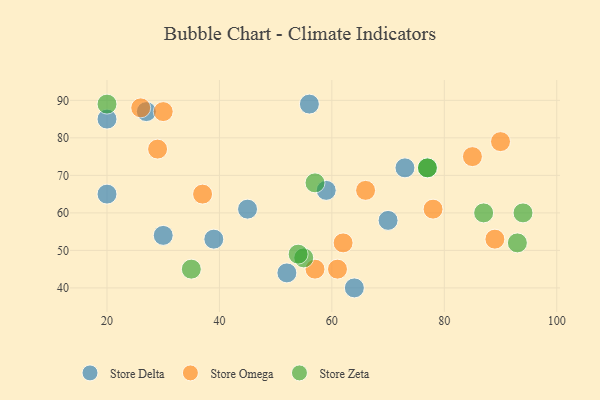
{"axis": {"x": "GDP", "y": "Life Expectancy"}, "legend": ["Store Delta", "Store Omega", "Store Zeta"], "data": [{"x": "59", "y": 66, "type": "Store Delta"}, {"x": "30", "y": 54, "type": "Store Delta"}, {"x": "73", "y": 72, "type": "Store Delta"}, {"x": "39", "y": 53, "type": "Store Delta"}, {"x": "56", "y": 89, "type": "Store Delta"}, {"x": "70", "y": 58, "type": "Store Delta"}, {"x": "45", "y": 61, "type": "Store Delta"}, {"x": "20", "y": 65, "type": "Store Delta"}, {"x": "27", "y": 87, "type": "Store Delta"}, {"x": "52", "y": 44, "type": "Store Delta"}, {"x": "64", "y": 40, "type": "Store Delta"}, {"x": "20", "y": 85, "type": "Store Delta"}, {"x": "30", "y": 87, "type": "Store Omega"}, {"x": "85", "y": 75, "type": "Store Omega"}, {"x": "57", "y": 45, "type": "Store Omega"}, {"x": "61", "y": 45, "type": "Store Omega"}, {"x": "90", "y": 79, "type": "Store Omega"}, {"x": "29", "y": 77, "type": "Store Omega"}, {"x": "89", "y": 53, "type": "Store Omega"}, {"x": "37", "y": 65, "type": "Store Omega"}, {"x": "78", "y": 61, "type": "Store Omega"}, {"x": "26", "y": 88, "type": "Store Omega"}, {"x": "66", "y": 66, "type": "Store Omega"}, {"x": "62", "y": 52, "type": "Store Omega"}, {"x": "20", "y": 89, "type": "Store Zeta"}, {"x": "55", "y": 48, "type": "Store Zeta"}, {"x": "87", "y": 60, "type": "Store Zeta"}, {"x": "77", "y": 72, "type": "Store Zeta"}, {"x": "35", "y": 45, "type": "Store Zeta"}, {"x": "54", "y": 49, "type": "Store Zeta"}, {"x": "94", "y": 60, "type": "Store Zeta"}, {"x": "57", "y": 68, "type": "Store Zeta"}, {"x": "77", "y": 72, "type": "Store Zeta"}, {"x": "93", "y": 52, "type": "Store Zeta"}]}